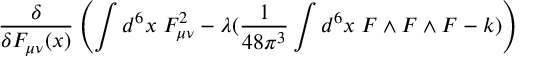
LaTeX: \frac { \delta } { \delta F _ { \mu \nu } ( x ) } \left( \int d ^ { 6 } x \; F _ { \mu \nu } ^ { 2 } - \lambda ( \frac { 1 } { 4 8 \pi ^ { 3 } } \int d ^ { 6 } x \; F \wedge F \wedge F - k ) \right)